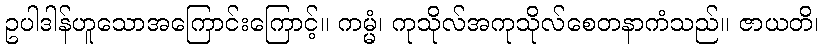
ဥပါဒါန်ဟူသောအကြောင်းကြောင့်။ ကမ္မံ၊ ကုသိုလ်အကုသိုလ်စေတနာကံသည်။ ဇာယတိ၊